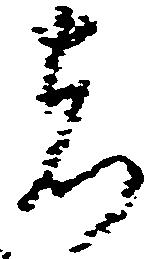
者